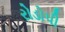
રોડોપી